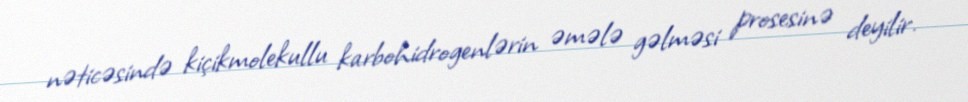
nəticəsində kiçikmolekullu karbohidrogenlərin əmələ gəlməsi prosesinə deyilir.